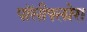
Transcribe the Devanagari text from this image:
पॉसीफ्लोरा